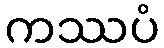
ကဿပံ